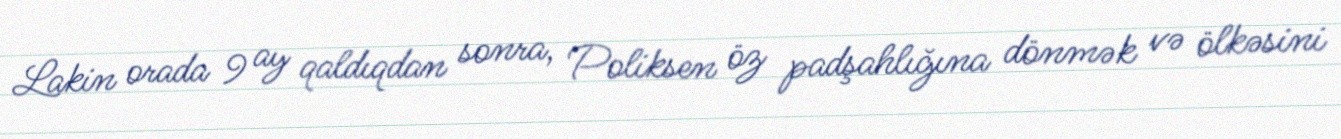
Lakin orada 9 ay qaldıqdan sonra, Poliksen öz padşahlığına dönmək və ölkəsini